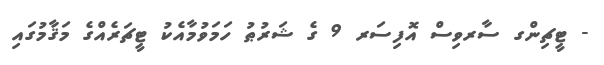
- ޓީޗިންގ ސާރވިސް އޮފިސަރ 9 ގެ ޝަރުޠު ހަމަވުމާއެކު ޓީޗަރެއްގެ މަޤާމުގައި